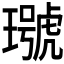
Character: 𤩭